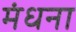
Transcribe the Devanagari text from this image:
मंधना